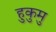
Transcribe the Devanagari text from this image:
हुकुमु